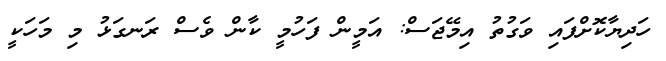
ހަދިޔާކޮށްފައި ވަގުތު އިމޭޖަސް: އަމީން ފަހުމީ ކާން ވެސް ރަނގަޅު މި މަހަކީ